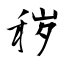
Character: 秽